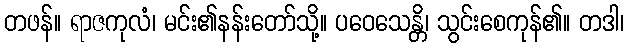
တဖန်။ ရာဇကုလံ၊ မင်း၏နန်းတော်သို့။ ပဝေသေန္တိ၊ သွင်းစေကုန်၏။ တဒါ၊